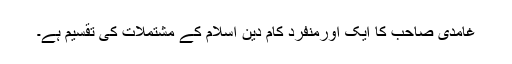
غامدی صاحب کا ایک اورمنفرد کام دین اسلام کے مشتملات کی تقسیم ہے۔